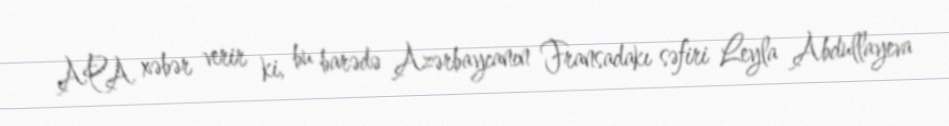
APA xəbər verir ki, bu barədə Azərbaycanın Fransadakı səfiri Leyla Abdullayeva